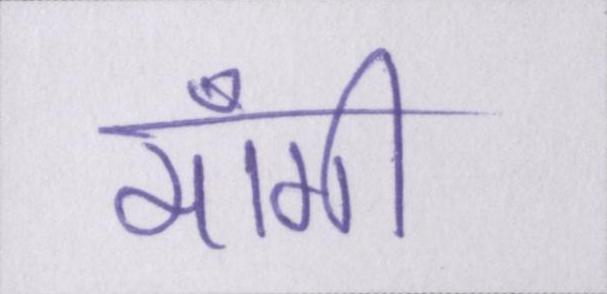
माँगी